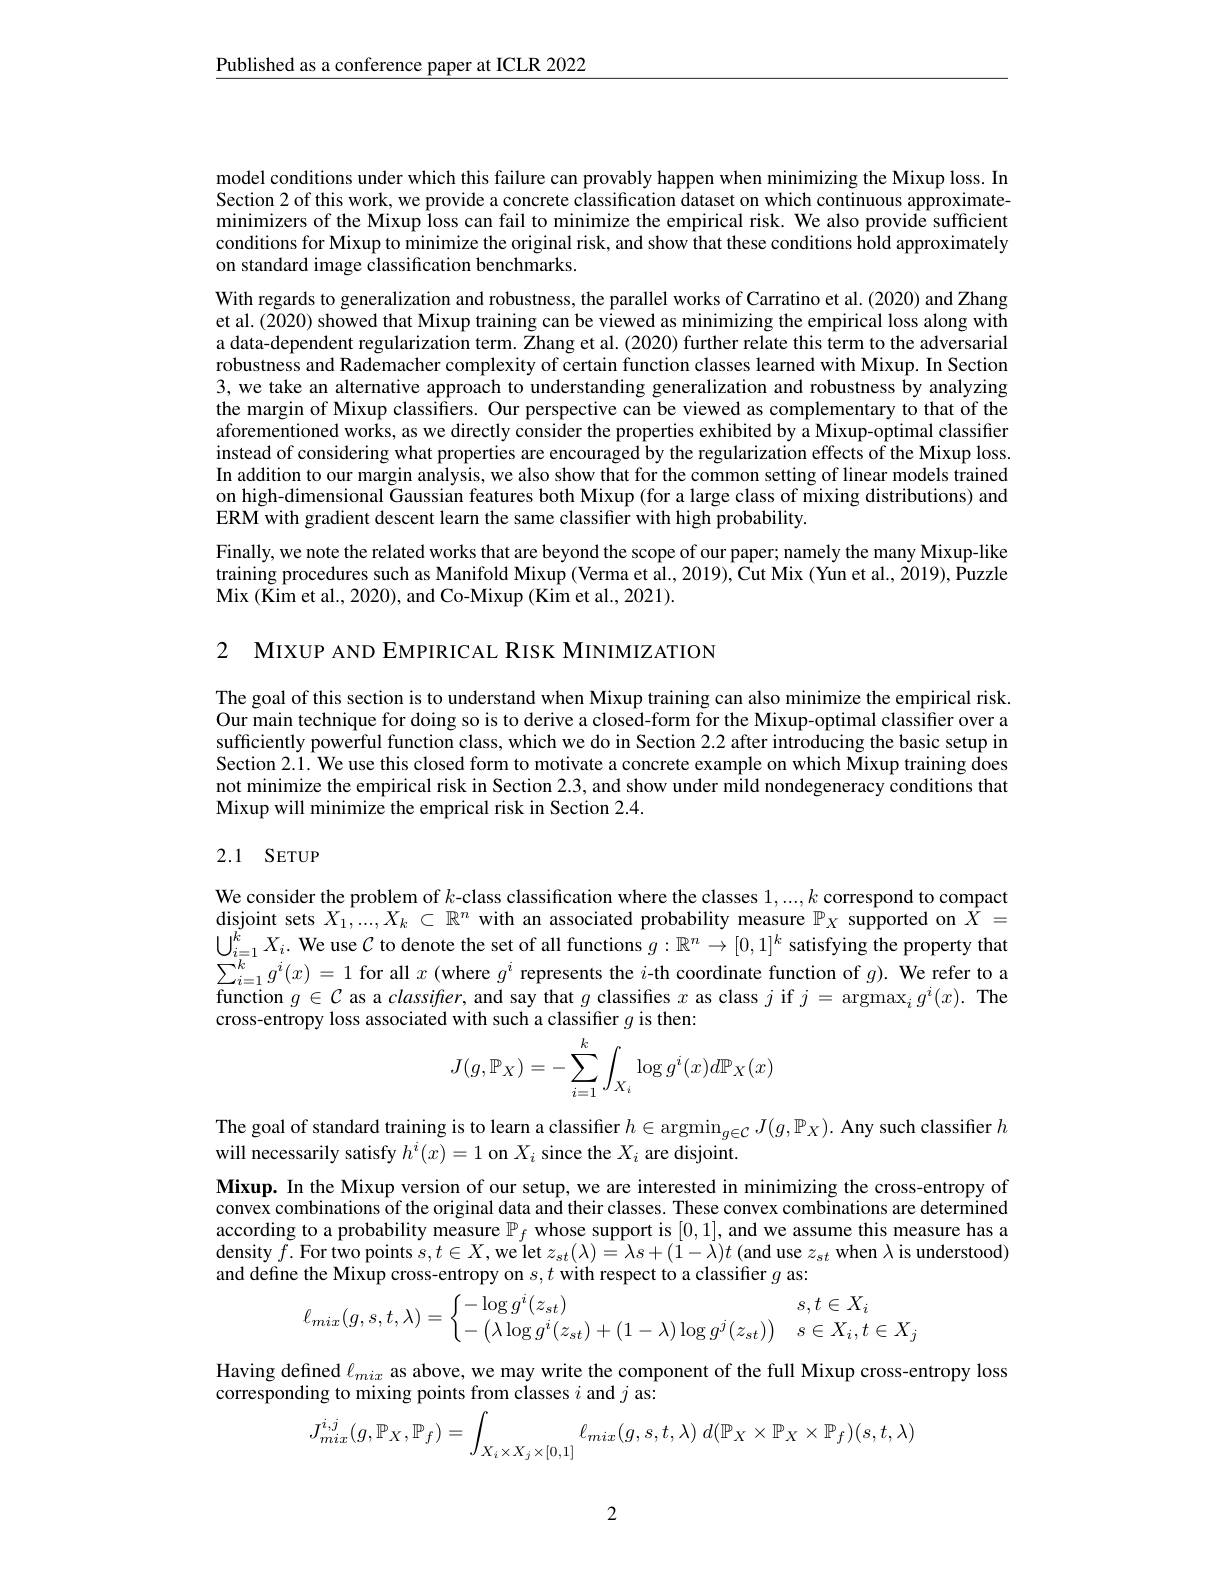
$\underline{\text{Published as a conference paper at ICLR 2022}}$

model conditions under which this failure can provably happen when minimizing the Mixup loss. In Section 2 of this work, we provide a concrete classification dataset on which continuous approximateminimizers of the Mixup loss can fail to minimize the empirical risk. We also provide sufficient conditions for Mixup to minimize the original risk, and show that these conditions hold approximately on standard image classification benchmarks.

With regards to generalization and robustness, the parallel works of Carratino et al. (2020) and Zhang et al. (2020) showed that Mixup training can be viewed as minimizing the empirical loss along with a data-dependent regularization term. Žhang et al.(2020) further relate this term to the adversarial robustness and Rademacher complexity of certain function classes learned with Mixup. In Section 3, we take an alternative approach to understanding generalization and robustness by analyzing the margin of Mixup classifiers. Our perspective can be viewed as complementary to that of the aforementioned works, as we directly consider the properties exhibited by a Mixup-optimal classifier instead of considering what properties are encouraged by the regularization effects of the Mixup loss. In addition to our margin analysis, we also show that for the common setting of linear models trained on high-dimensional Gaussian features both Mixup (for a large class of mixing distributions) and ERM with gradient descent learn the same classifier with high probability.
Finally, we note the related works that are beyond the scope of our paper; namely the many Mixup-like

training procedures such as Manifold Mixup (Verma et al., 2019), Cut Mix (Yun et al., 2019), Puzzle
Mix ( $\tilde {\text{Kim et al. , 2020) , }and Co- Mixup ( \tilde{\text{Kim et al. , 2021) . }} }$

2 MIXUP AND EMPIRICAL RISK MINIMIZATION

The goal of this section is to understand when Mixup training can also minimize the empirical risk. Our main technique for doing so is to derive a closed-form for the Mixup-optimal classiffer over a sufficiently powerful function class, which we do in Section 2.2 after introducing the basic setup in Section 2.1. We use this closed form to motivate a concrete example on which Mixup training does not minimize the empirical risk in Section 2.3, and show under mild nondegeneracy conditions that Mixup will minimize the emprical risk in Section 2.4.

## 2.1 SETUP

We consider the problem of $k$-class classification where the classes $1,...,k$ correspond to compact disjoint sets $X_1,...,X_k\subset\mathbb{R}^n$ with an associated probability measure $\mathbb{P}_X$ supported on $\bar{X}=$ $\bigcup_{i=1}^kX_i.$ We use $\mathcal{C}$ to denote the set of all functions $g:\mathbb{R}^n\to[0,1]^k$ satisfying the property that $\sum_{i=1}^{k}g^{i}(x)=1$ for all $x$ (where $g^i$ represents the $i$-th coordinate function of $g).$ We refer to a function $g\in C$ as a classifrer, and say that $g$ classifies $x$ as class $j$ if $j=$ argmax$_ig^i(x).$ The cross-entropy loss associated with such a classifier $g$ is then:
$$J(g,\mathbb{P}_X)=-\sum_{i=1}^k\int_{X_i}\log g^i(x)d\mathbb{P}_X(x)$$
The goal of standard training is to learn a classifier $h\in\operatorname{argmin}_{g\in\mathcal{C}}J(g,\mathbb{P}_X).$ Any such classifier $h$
will necessarily satisfy $h^i(x)=1$ on $X_i$ since the $X_i$ are disjoint.

Mixup. In the Mixup version of our setup, we are interested in minimizing the cross-entropy of convex combinations of the original data and their classes. These convex combinations are determined according to a probability measure $\mathbb{P}_f$ whose support is [0,1], and we assume this measure has a ${\text{density }f.\text{For two points }s,t\in X,\text{we let }z_{st}(\lambda)=\lambda s+(1-\bar{\lambda})t\mathrm{~(and~use~}z_{st}\mathrm{~when~}\lambda\mathrm{~is~understood})}$ and define the Mixup cross-entropy on $s,t$ with respect to a classifier $g$ as:
$$\ell_{mix}(g,s,t,\lambda)=\left\{\begin{matrix}-\log g^i(z_{st})&s,t\in X_i\\-\left(\lambda\log g^i(z_{st})+(1-\lambda)\log g^j(z_{st})\right)&s\in X_i,t\in X_j\end{matrix}\right.$$
Having defined $\ell_{mix}$ as above, we may write the component of the full Mixup cross-entropy loss
corresponding to mixing points from classes $i$ and $j$ as:
$$J_{mix}^{i,j}(g,\mathbb{P}_X,\mathbb{P}_f)=\int_{X_i\times X_j\times[0,1]}\ell_{mix}(g,s,t,\lambda)\:d(\mathbb{P}_X\times\mathbb{P}_X\times\mathbb{P}_f)(s,t,\lambda)$$
2